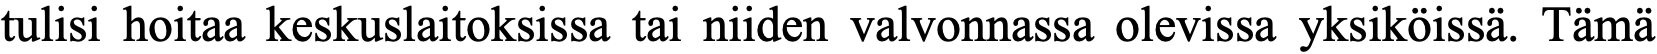
tulisi hoitaa keskuslaitoksissa tai niiden valvonnassa olevissa yksiköissä. Tämä